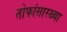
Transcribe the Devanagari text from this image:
तोफांसारख्या